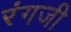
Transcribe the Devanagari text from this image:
रंगजी